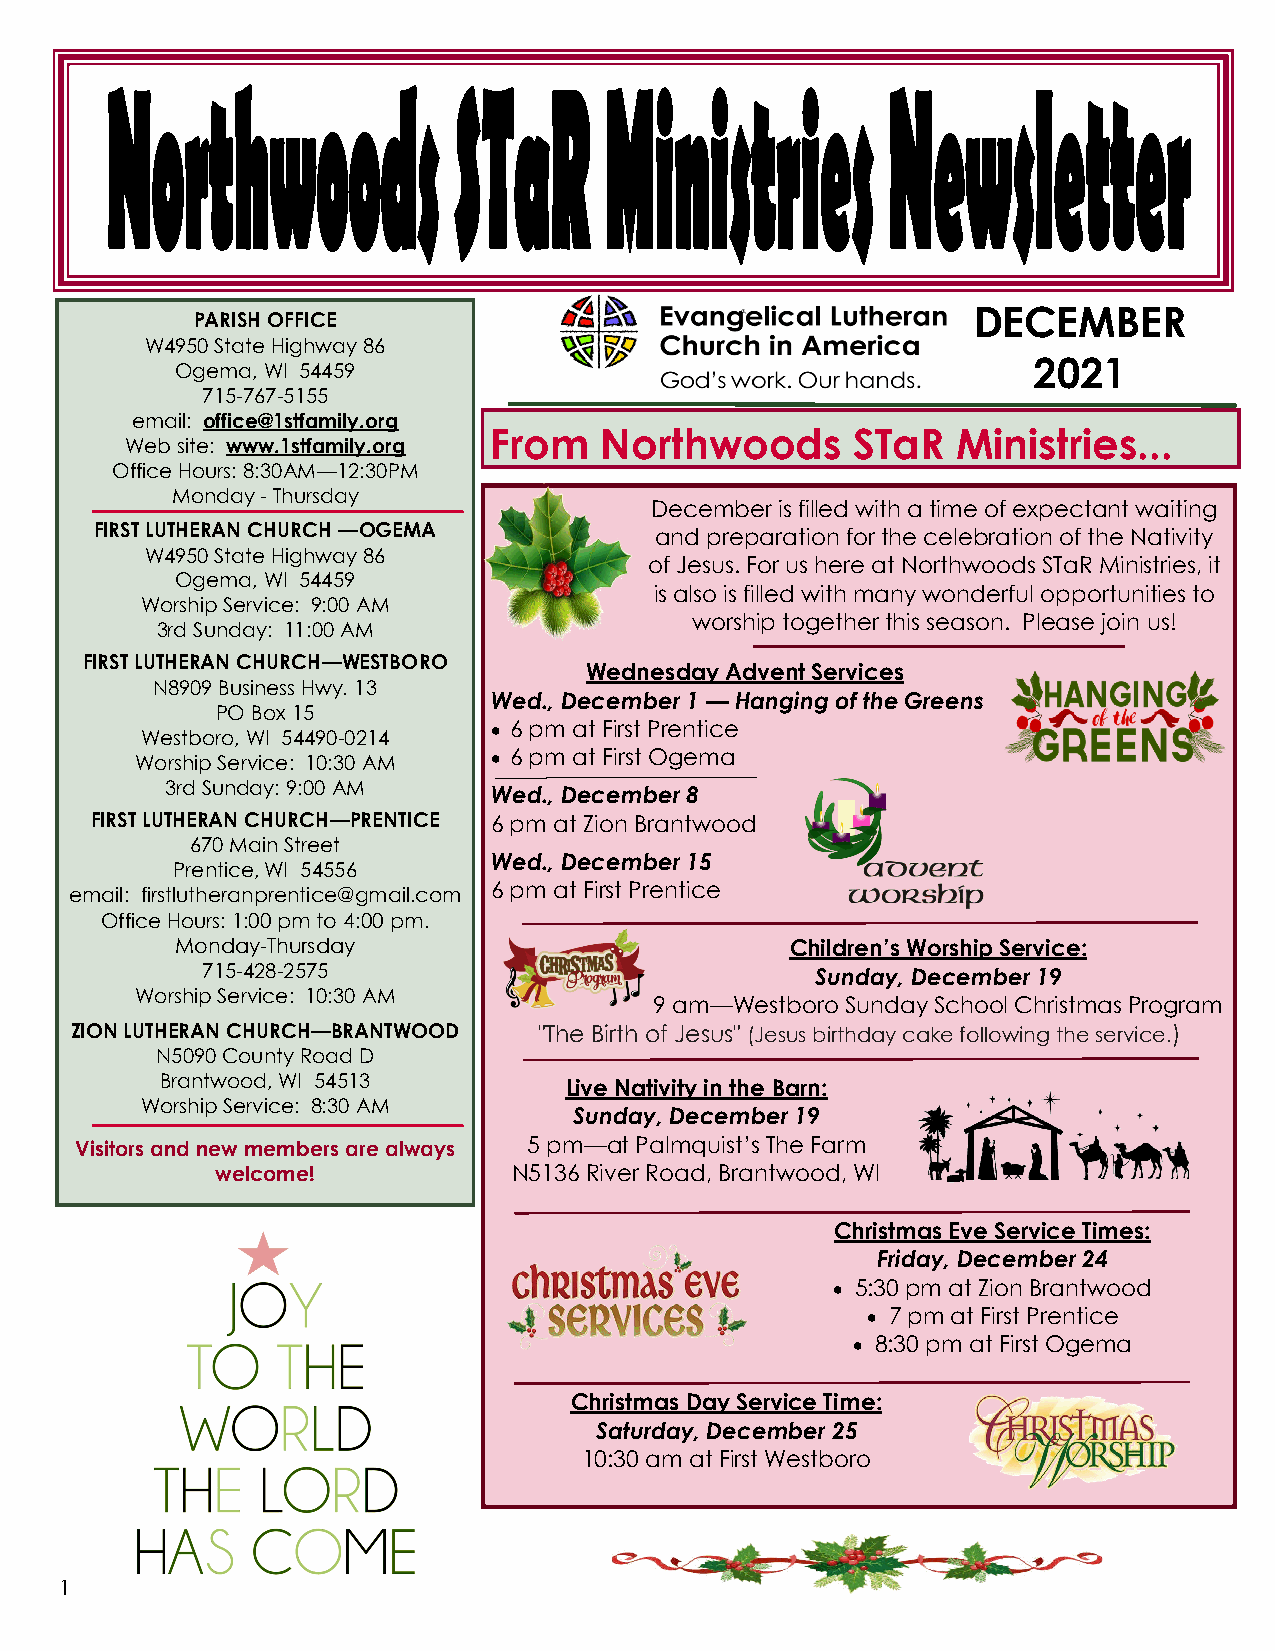
DECEMBER
 PARISH OFFICE
 W4950 State Highway 86
 2021
 Ogema, WI 54459
 715-767-5155
 email: office@1stfamily.org
 From    Northwoods       STaR  Ministries...
 Web site: www.1stfamily.org
 Office Hours: 8:30AM—12:30PM
 Monday - Thursday
 December is filled with a time of expectant waiting
 FIRST LUTHERAN CHURCH —OGEMA         and preparation for the celebration of the Nativity
 W4950 State Highway 86
 of Jesus. For us here at Northwoods STaR Ministries, it
 Ogema, WI 54459
 is also is filled with many wonderful opportunities to
 Worship Service: 9:00 AM
 worship together this season. Please join us!
 3rd Sunday: 11:00 AM
 FIRST LUTHERAN CHURCH—WESTBORO
 Wednesday Advent Services
 N8909 Business Hwy. 13
 Wed., December 1 — Hanging of the Greens
 PO Box 15
 • 6 pm at First Prentice
 Westboro, WI 54490-0214
 Worship Service: 10:30 AM • 6 pm at First Ogema
 3rd Sunday: 9:00 AM
 Wed., December 8
 FIRST LUTHERAN CHURCH—PRENTICE 6 pm at Zion Brantwood
 670 Main Street
 Wed., December 15
 Prentice, WI 54556
 email: firstlutheranprentice@gmail.com 6 pm at First Prentice
 Office Hours: 1:00 pm to 4:00 pm.
 Monday-Thursday                         Children’s Worship Service:
 715-428-2575                             Sunday, December 19
 Worship Service: 10:30 AM
 9 am—Westboro Sunday School Christmas Program
 ZION LUTHERAN CHURCH—BRANTWOOD "The Birth of Jesus" (Jesus birthday cake following the service.)
 N5090 County Road D
 Brantwood, WI 54513       Live Nativity in the Barn:
 Worship Service: 8:30 AM
 Sunday, December 19
 Visitors and new members are always 5 pm—at Palmquist’s The Farm
 welcome!            N5136 River Road, Brantwood, WI
 Christmas Eve Service Times:
 Friday, December 24
 • 5:30 pm at Zion Brantwood
 • 7 pm at First Prentice
 • 8:30 pm at First Ogema
 Christmas Day Service Time:
 Saturday, December 25
 10:30 am at First Westboro
 1